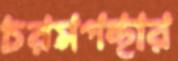
চরমপন্থার